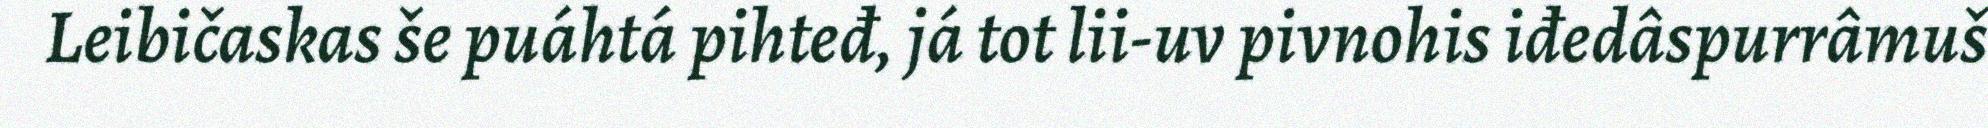
Leibičaskas še puáhtá pihteđ, já tot lii-uv pivnohis iđedâspurrâmuš